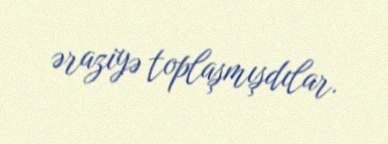
əraziyə toplaşmışdılar.